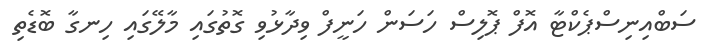
ސަބްއިނިސްޕެކްޓާ އޮފް ޕޮލިސް ހަސަން ހަނީފް ވިދާޅުވި ގޮތުގައި މާލޭގައި ހިނގާ ބޮޑެތި